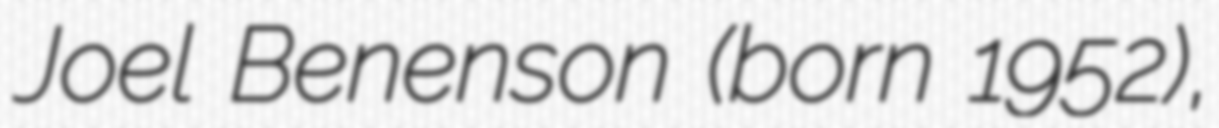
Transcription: Joel Benenson (born 1952),